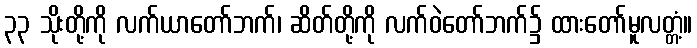
၃၃ သိုးတို့ကို လက်ယာတော်ဘက်၊ ဆိတ်တို့ကို လက်ဝဲတော်ဘက်၌ ထားတော်မူလတ္တံ့။